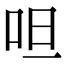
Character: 呾